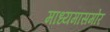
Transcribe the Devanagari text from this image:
माध्यमांसमोर